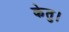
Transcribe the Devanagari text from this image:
केतु।